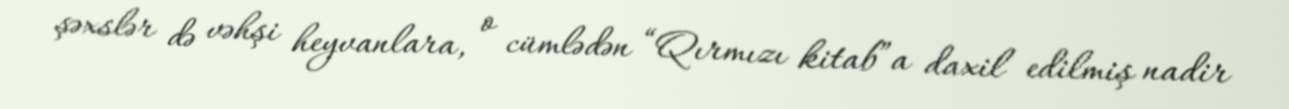
şəxslər də vəhşi heyvanlara, o cümlədən “Qırmızı kitab”a daxil edilmiş nadir